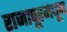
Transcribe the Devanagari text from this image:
राजापूरमधून